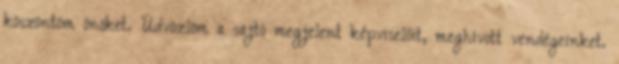
köszöntöm önöket. Üdvözlöm a sajtó megjelent képviselőit, meghívott vendégeinket.